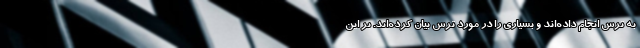
به ترس انجام داده‌اند و بسیاری را در مورد ترس بیان کرده‌اند. بر این